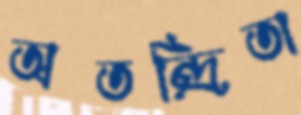
অতন্দ্রিতা